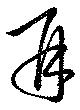
再